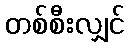
တစ်စီးလျှင်